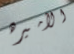
الأميره